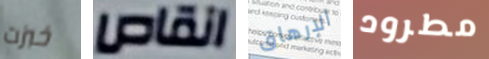
خبزت انقاص الإرهاق مطرود